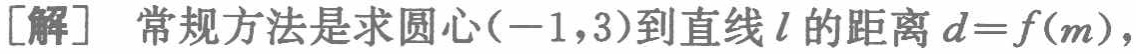
[解] 常规方法是求圆心\((-1,3)\)到直线\(l\)的距离\(d = f(m)\)，